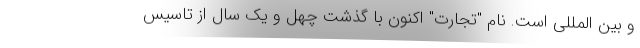
و بین المللی است. نام "تجارت" اکنون با گذشت چهل و یک سال از تاسیس